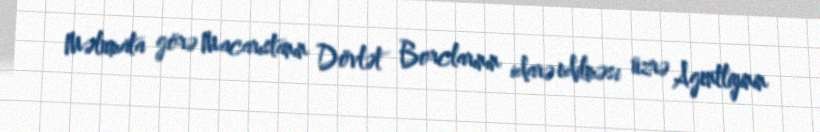
Məlumata görə Macarıstanın Dövlət Borclarının idarə edilməsi üzrə Agentliyinin